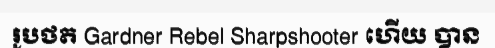
រូបថត Gardner Rebel Sharpshooter ហើយ បាន